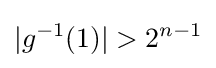
|g^{-1}(1)|>2^{n-1}